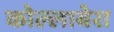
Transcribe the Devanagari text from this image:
कोल्लाबेरा